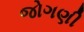
જોગણી